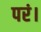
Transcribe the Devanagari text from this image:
परं।